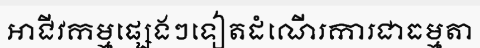
អាជីវកម្មផ្សេងៗទៀតដំណើរការជាធម្មតា